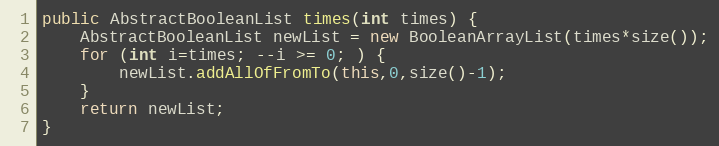
Language: Java
public AbstractBooleanList times(int times) {
	AbstractBooleanList newList = new BooleanArrayList(times*size());
	for (int i=times; --i >= 0; ) {
		newList.addAllOfFromTo(this,0,size()-1);
	}
	return newList;
}